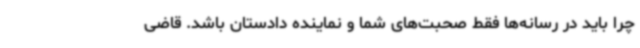
چرا باید در رسانه‌ها فقط صحبت‌های شما و نماینده دادستان باشد. قاضی